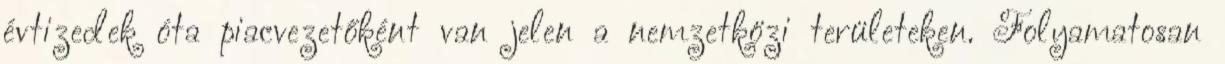
évtizedek óta piacvezetőként van jelen a nemzetközi területeken. Folyamatosan